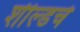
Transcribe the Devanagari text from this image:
शील्डचे